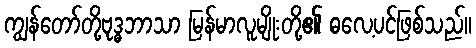
ကျွန်တော်တို့ဗုဒ္ဓဘာသာ မြန်မာလူမျိုးတို့၏ ဓလေ့ပင်ဖြစ်သည်။